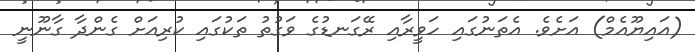
(އައިޔޫއެމް) އަށެވެ. އެތަނުގައި ހަވީރާއި ރޭގަނޑުގެ ވަގުތު ތަކުގައި ކުރިއަށް ގެންދާ ގާނޫނީ